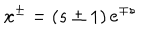
LaTeX: x ^ { \pm } = \left( s \pm 1 \right) e ^ { \mp s }